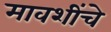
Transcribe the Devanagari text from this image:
मावशींचे